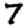
Digit: 7